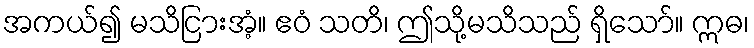
အကယ်၍ မသိငြားအံ့။ ဧဝံ သတိ၊ ဤသို့မသိသည် ရှိသော်။ ဣဓ၊